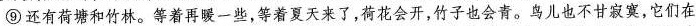
⑨还有荷塘和竹林。等着再暖一些，等着夏天来了，荷花会开，竹子也会青。鸟儿也不甘寂寞，它们在